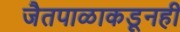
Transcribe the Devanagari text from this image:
जैतपाळाकडूनही